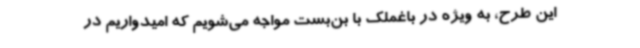
این طرح، به ویژه در باغملک با بن‌بست مواجه می‌شویم که امیدواریم در